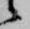
候